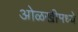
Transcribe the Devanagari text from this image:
ओळखीमध्ये